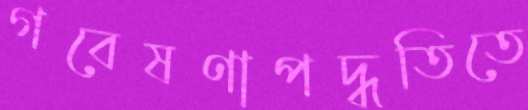
গবেষণাপদ্ধতিতে